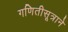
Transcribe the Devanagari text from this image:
गणितीसूत्राने